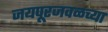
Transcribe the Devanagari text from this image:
जयपूरजवळच्या